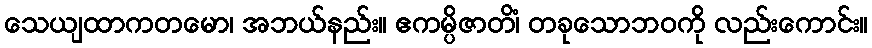
သေယျထာကတမော၊ အဘယ်နည်း။ ဧကမ္ပိဇာတိံ၊ တခုသောဘဝကို လည်းကောင်း။